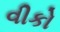
વીકો